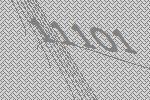
11101